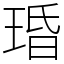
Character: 琘